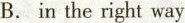
B. in the right way